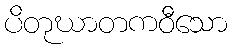
ပိတုဃာတကဝီသော